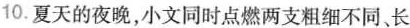
10.夏天的夜晚，小文同时点燃两支粗细不同、长